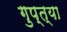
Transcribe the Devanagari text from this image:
गुप्‍त्या